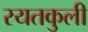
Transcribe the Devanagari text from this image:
रयतकुली